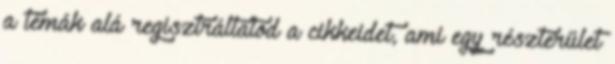
a témák alá regisztráltatod a cikkeidet, ami egy részterület